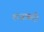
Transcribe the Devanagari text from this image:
शजाब्दी